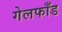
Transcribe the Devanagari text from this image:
गेलफाँड